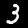
Label: 3